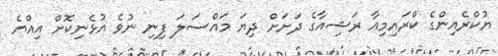
ޔުކްރެއިންގެ ކްރައިމިއާ ރަޝިއާގެ ދަށަށް ދިޔަ މައްސަލަ ފިނި ނުވެ އުޅެނިކޮށް އިއްޔެ